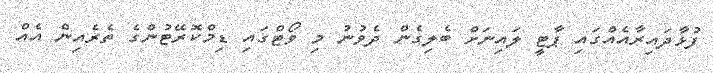
ފުޅާދައިރާއެއްގައި ޕާޓީ ލައިނަށް ބެލިގެން ދެވުނު މި ވޯޓްގައި ޑިމްކޮރޭޓުންގެ ތެރެއިން އެއް